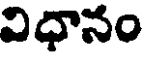
విధానం